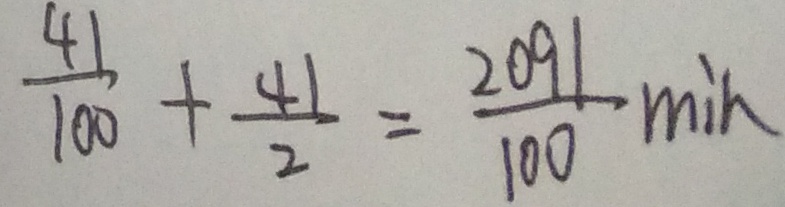
\frac { 4 1 } { 1 0 0 } + \frac { 4 1 } { 2 } = \frac { 2 0 9 1 } { 1 0 0 } \min